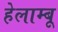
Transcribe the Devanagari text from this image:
हेलाम्बू